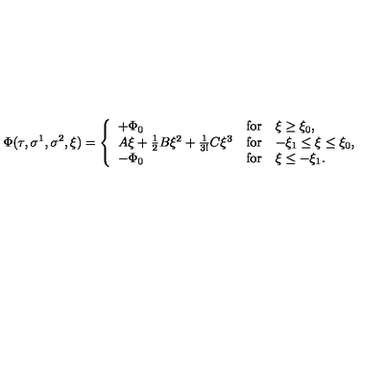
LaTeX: \Phi ( \tau , \sigma ^ { 1 } , \sigma ^ { 2 } , \xi ) = \left\{ \begin{array} { l c l } { + \Phi _ { 0 } } & { \mathrm { f o r } } & { \xi \geq \xi _ { 0 } , } \\ { A \xi + \frac { 1 } { 2 } B \xi ^ { 2 } + \frac { 1 } { 3 ! } C \xi ^ { 3 } } & { \mathrm { f o r } } & { - \xi _ { 1 } \leq \xi \leq \xi _ { 0 } , } \\ { - \Phi _ { 0 } } & { \mathrm { f o r } } & { \xi \leq - \xi _ { 1 } . } \\ \end{array} \right.